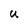
Character: U